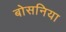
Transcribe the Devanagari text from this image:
बोसनिया